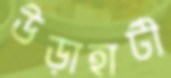
উড়াহাটী